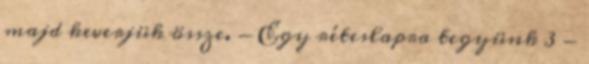
majd keverjük össze. - Egy réteslapra tegyünk 3 -